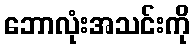
ဘောလုံးအသင်းကို